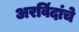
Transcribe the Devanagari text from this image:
अरविंदांचे